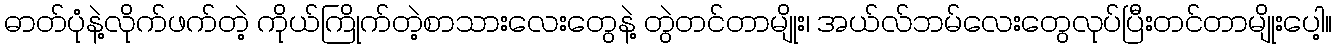
ဓာတ်ပုံနဲ့လိုက်ဖက်တဲ့ ကိုယ်ကြိုက်တဲ့စာသားလေးတွေနဲ့ တွဲတင်တာမျိုး၊ အယ်လ်ဘမ်လေးတွေလုပ်ပြီးတင်တာမျိုးပေါ့။